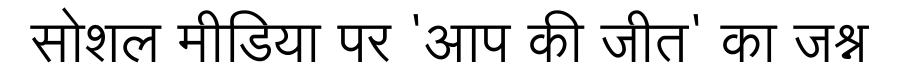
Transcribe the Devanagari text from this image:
सोशल मीडिया पर 'आप की जीत' का जश्न